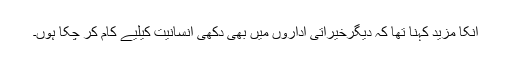
انکا مزید کہنا تھا کہ دیگرخیراتی اداروں میں بھی دکھی انسانیت کیلیے کام کر چکا ہوں۔